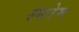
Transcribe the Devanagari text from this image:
स्मरेम